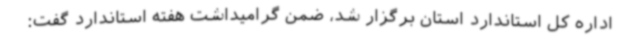
اداره کل استاندارد استان برگزار شد، ضمن گرامیداشت هفته استاندارد گفت: